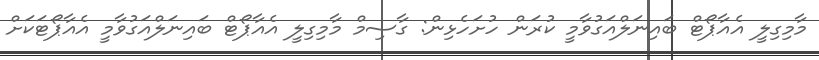
މާމިގިލީ އެއާޕޯޓް ބައިނަލްއަގުވާމީ ކުރަން ހުށަހެޅިން: ގާސިމް މާމިގިލީ އެއާޕޯޓް ބައިނަލްއަގުވާމީ އެއާޕޯޓަކަށް